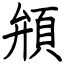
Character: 䪻